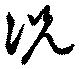
况